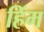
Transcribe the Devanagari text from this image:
हिंम